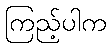
ကြည့်ပါက